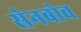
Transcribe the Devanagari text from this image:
सेनबोव